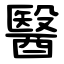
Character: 醫